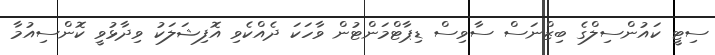
ސިޓީ ކައުންސިލްގެ ބިޒްނަސް ސާވިސް ޑިޕާޓްމަންޓުން ވާހަކަ ދެއްކެވި އޮފިޝަލަކު ވިދާޅުވީ ކޮންސިއުމާ